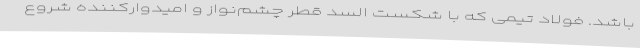
باشد. فولاد تیمی که با شکست السد قطر چشم‌نواز و امیدوارکننده شروع